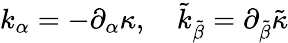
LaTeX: k_{\alpha}=-\partial_{\alpha}\kappa,\ \ \ \ \tilde{k}_{\tilde{\beta}}=\partial_{\tilde{\beta}}\tilde{\kappa}